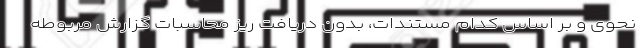
نحوی و بر اساس کدام مستندات، بدون دریافت ریز محاسبات گزارش مربوطه